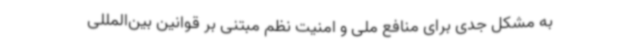
به مشکل جدی برای منافع ملی و امنیت نظم مبتنی بر قوانین بین‌المللی